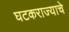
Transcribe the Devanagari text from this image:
घटकराज्याचे